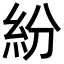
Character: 紛